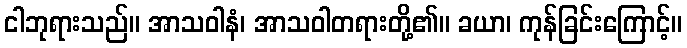
ငါဘုရားသည်။ အာသဝါနံ၊ အာသဝါတရားတို့၏။ ခယာ၊ ကုန်ခြင်းကြောင့်။